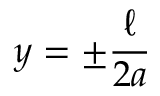
y = \pm \frac { \ell } { 2 a }